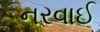
નરવાઈ